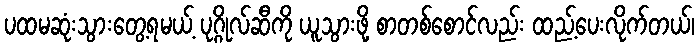
ပထမဆုံးသွားတွေ့ရမယ့် ပုဂ္ဂိုလ်ဆီကို ယူသွားဖို့ စာတစ်စောင်လည်း ထည့်ပေးလိုက်တယ်၊